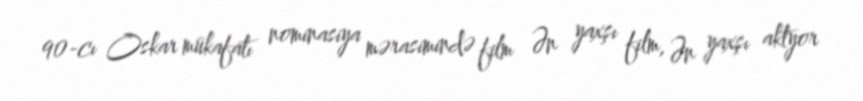
90-cı Oskar mükafatı nominasiya mərasimində film Ən yaxşı film, Ən yaxşı aktyor